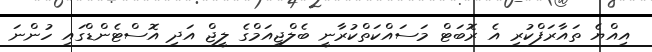
އިއްޔެ ތައާރަފްކުރި އެ ރޮބަޓް މަސައްކަތްކުރާނީ ބެލްޖިއަމްގެ ލީޖް އަދި އޮސްޓެންޑްގައި ހުންނަ